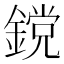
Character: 鎲